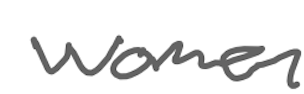
Text: women
Cross-out: clean
Writing tool: digital_gray